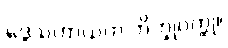
ဒွေသဟာယက ဘိက္ခုဝတ္ထု။